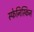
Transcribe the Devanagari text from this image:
स्फेनिस्किन